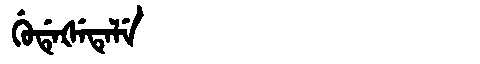
Manchu: ᡤᡠᡩᡝᡧᡝᡨᡝᠯᡝ
Romanization: GUDEŠETELE